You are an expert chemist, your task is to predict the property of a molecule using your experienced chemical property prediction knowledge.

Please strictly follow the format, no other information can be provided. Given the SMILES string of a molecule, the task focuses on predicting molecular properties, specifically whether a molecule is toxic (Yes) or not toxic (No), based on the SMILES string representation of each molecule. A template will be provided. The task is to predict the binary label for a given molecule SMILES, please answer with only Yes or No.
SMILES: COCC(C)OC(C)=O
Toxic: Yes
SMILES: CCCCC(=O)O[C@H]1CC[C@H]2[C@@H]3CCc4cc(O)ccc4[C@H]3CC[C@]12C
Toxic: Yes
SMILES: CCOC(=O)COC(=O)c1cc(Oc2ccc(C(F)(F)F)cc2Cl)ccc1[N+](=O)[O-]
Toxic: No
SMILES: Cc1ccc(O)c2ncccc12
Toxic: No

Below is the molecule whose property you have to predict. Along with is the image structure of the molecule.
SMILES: CCCCCCCCCCCCCC
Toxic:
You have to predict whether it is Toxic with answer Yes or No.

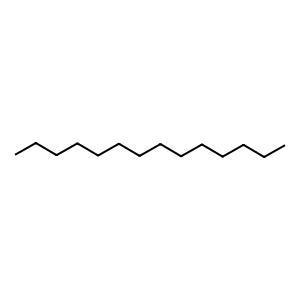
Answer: No